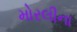
મોરલીના